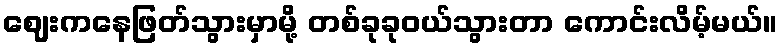
ဈေးကနေဖြတ်သွားမှာမို့ တစ်ခုခုဝယ်သွားတာ ကောင်းလိမ့်မယ်။